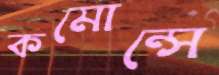
কমোন্সে